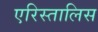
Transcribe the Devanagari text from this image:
एरिस्तालिस